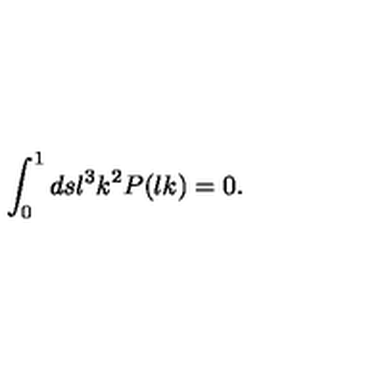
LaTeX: \int _ { 0 } ^ { 1 } d s \l ^ { 3 } k ^ { 2 } P ( \l k ) = 0 .